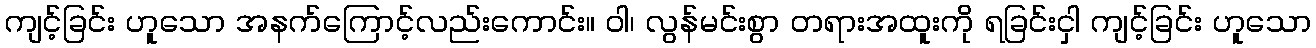
ကျင့်ခြင်း ဟူသော အနက်ကြောင့်လည်းကောင်း။ ဝါ၊ လွန်မင်းစွာ တရားအထူးကို ရခြင်းငှါ ကျင့်ခြင်း ဟူသော